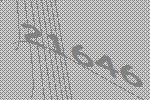
21646